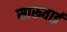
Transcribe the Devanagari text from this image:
सारूताई